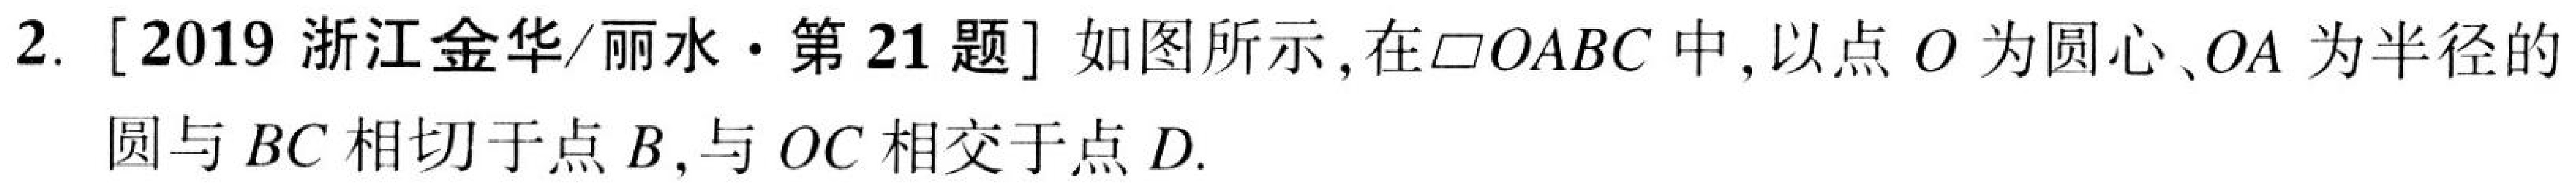
2. [2019 浙江金华/丽水·第 21 题] 如图所示, 在$\square OABC$ 中, 以点 \(O\) 为圆心、\(OA\) 为半径的
圆与 \(BC\) 相切于点 \(B\), 与 \(OC\) 相交于点 \(D\).